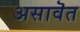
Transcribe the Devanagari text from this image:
असावॆत